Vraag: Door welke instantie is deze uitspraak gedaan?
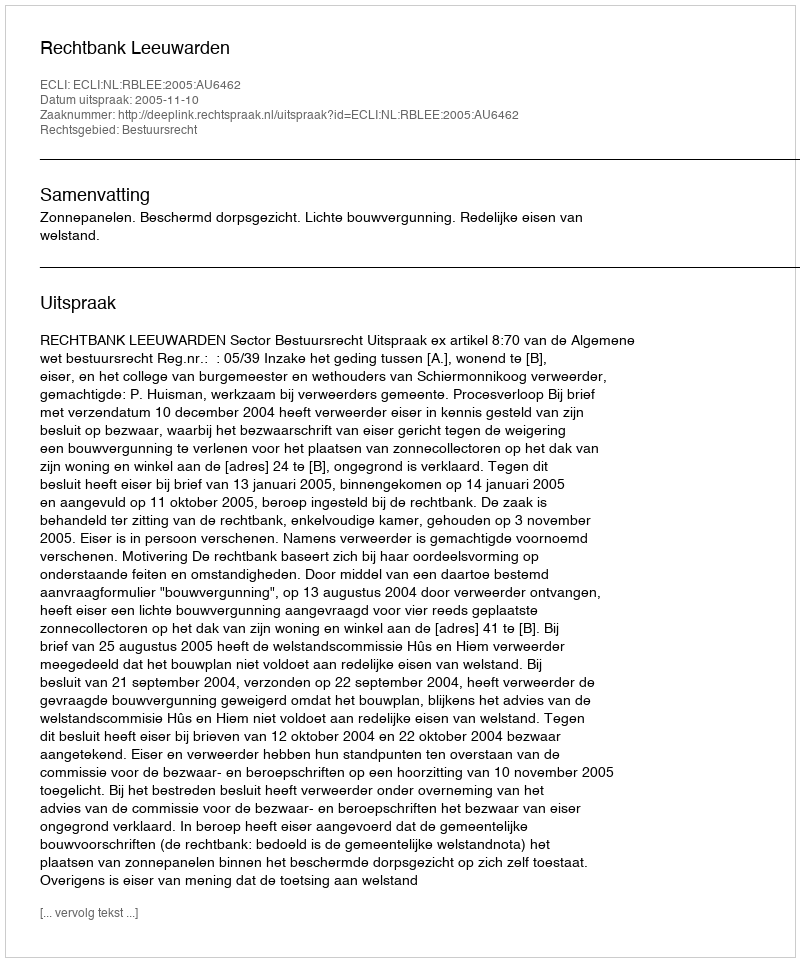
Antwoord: Rechtbank Leeuwarden